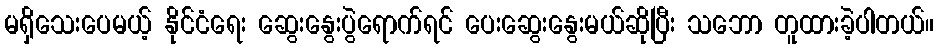
မရှိသေးပေမယ့် နိုင်ငံရေး ဆွေးနွေးပွဲရောက်ရင် ပေးဆွေးနွေးမယ်ဆိုပြီး သဘော တူထားခဲ့ပါတယ်။